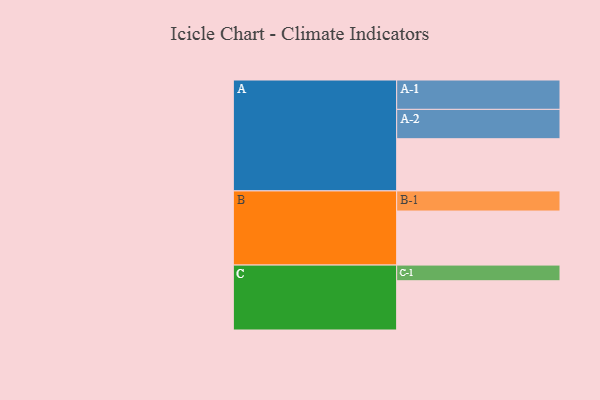
{"axis": {"x": "Segment", "y": "Value"}, "legend": ["", "A", "B", "C"], "data": [{"x": "A", "y": 480, "type": ""}, {"x": "B", "y": 497, "type": ""}, {"x": "C", "y": 453, "type": ""}, {"x": "A-1", "y": 270, "type": "A"}, {"x": "A-2", "y": 270, "type": "A"}, {"x": "B-1", "y": 185, "type": "B"}, {"x": "C-1", "y": 144, "type": "C"}]}